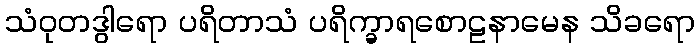
သံဝုတဒွါရော ပရိတာသံ ပရိက္ခာရစောဠနာမေန သိခရော